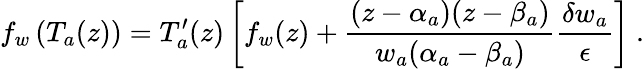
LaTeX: f_{w}\left(T_{a}(z)\right)=T_{a}^{\prime}(z)\left[f_{w}(z)+\frac{(z-\alpha_{a})(z-\beta_{a})}{w_{a}(\alpha_{a}-\beta_{a})}\frac{\delta w_{a}}{\epsilon}\right]\ .